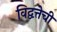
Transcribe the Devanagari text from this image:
विद्वत्तेची